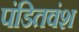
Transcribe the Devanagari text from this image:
पंडितवंश